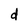
Character: d